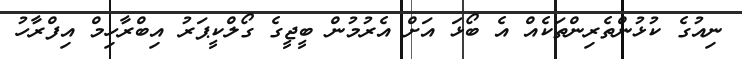
ނިއުގެ ކުޅުންތެރިންތަކެއް އެ ބޯޅަ އަށް އެރުމުން ބީޖީގެ ގޯލްކީޕަރު އިބްރާހިމް އިފްރާހު